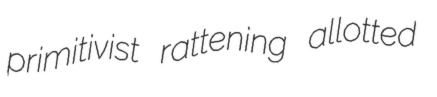
primitivist rattening allotted